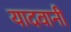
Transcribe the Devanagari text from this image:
यादवानी